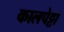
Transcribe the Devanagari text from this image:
कालपेट्टा